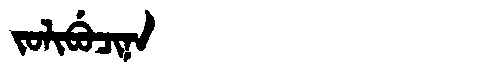
Manchu: ᠵᠣᠯᡳᠪᡠᠴᡳᠨᠠ
Romanization: JOLIBUCINA